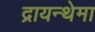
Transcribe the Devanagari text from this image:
द्रायन्थेमा